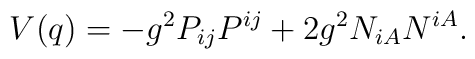
V(q)=-g^{2}P_{ij}P^{ij}+2g^{2}N_{iA}N^{iA}.